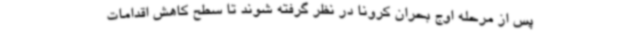
پس از مرحله اوج بحران کرونا در نظر گرفته شوند تا سطح کاهش اقدامات